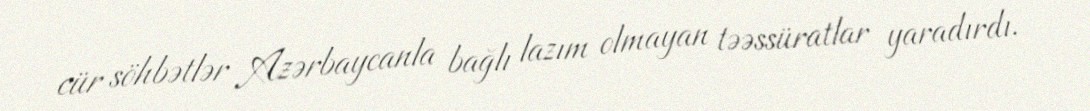
cür söhbətlər Azərbaycanla bağlı lazım olmayan təəssüratlar yaradırdı.